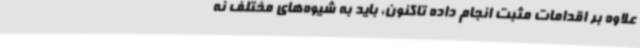
علاوه بر اقدامات مثبت انجام داده تاکنون، باید به شیوه‌های مختلف نه